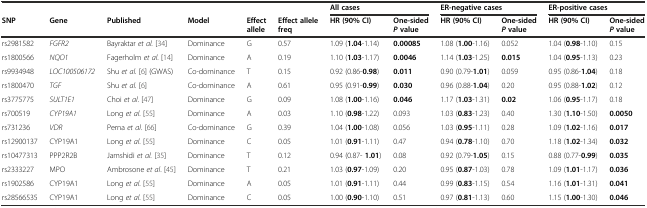
<table><thead><tr><td></td><td></td><td></td><td></td><td></td><td></td><td colspan="2"><b>All cases</b></td><td colspan="2"><b>ER-negative cases</b></td><td colspan="2"><b>ER-positive cases</b></td></tr><tr><td rowspan="2"><b>SNP</b></td><td rowspan="2"><b>Gene</b></td><td rowspan="2"><b>Published</b></td><td rowspan="2"><b>Model</b></td><td rowspan="2"><b>Effect allele</b></td><td rowspan="2"><b>Effect allele freq</b></td><td rowspan="2"><b>HR (90% CI)</b></td><td><b>One-sided</b></td><td rowspan="2"><b>HR (90% CI)</b></td><td><b>One-sided</b></td><td rowspan="2"><b>HR (90% CI)</b></td><td><b>One-sided</b></td></tr><tr><td><b><i>P</i>value</b></td><td><b><i>P</i>value</b></td><td><b><i>P</i>value</b></td></tr></thead><tbody><tr><td>rs2981582</td><td><i>FGFR2</i></td><td>Bayraktar <i>et al.</i> [34]</td><td>Dominance</td><td>G</td><td>0.57</td><td>1.09 (<b>1.04</b>-1.14)</td><td><b>0.00085</b></td><td>1.08 (<b>1.00</b>-1.16)</td><td>0.052</td><td>1.04 (<b>0.98</b>-1.10)</td><td>0.15</td></tr><tr><td>rs1800566</td><td><i>NQO1</i></td><td>Fagerholm <i>et al</i>. [14]</td><td>Dominance</td><td>A</td><td>0.19</td><td>1.10 (<b>1.03</b>-1.17)</td><td><b>0.0046</b></td><td>1.14 (<b>1.03</b>-1.25)</td><td><b>0.015</b></td><td>1.04 (<b>0.95</b>-1.13)</td><td>0.23</td></tr><tr><td>rs9934948</td><td><i>LOC100506172</i></td><td>Shu <i>et al.</i> [6] (GWAS)</td><td>Co-dominance</td><td>T</td><td>0.15</td><td>0.92 (0.86-<b>0.98</b>)</td><td><b>0.011</b></td><td>0.90 (0.79-<b>1.01</b>)</td><td>0.059</td><td>0.95 (0.86-<b>1.04</b>)</td><td>0.18</td></tr><tr><td>rs1800470</td><td><i>TGF</i></td><td>Shu <i>et al.</i> [6]</td><td>Co-dominance</td><td>A</td><td>0.61</td><td>0.95 (0.91-<b>0.99</b>)</td><td><b>0.030</b></td><td>0.96 (0.88-<b>1.04</b>)</td><td>0.20</td><td>0.95 (0.88-<b>1.02</b>)</td><td>0.12</td></tr><tr><td>rs3775775</td><td><i>SULT1E1</i></td><td>Choi <i>et al</i>. [47]</td><td>Dominance</td><td>G</td><td>0.09</td><td>1.08 (<b>1.00</b>-1.16)</td><td><b>0.046</b></td><td>1.17 (<b>1.03</b>-1.31)</td><td><b>0.02</b></td><td>1.06 (<b>0.95</b>-1.17)</td><td>0.18</td></tr><tr><td>rs700519</td><td><i>CYP19A1</i></td><td>Long <i>et al</i>. [55]</td><td>Dominance</td><td>A</td><td>0.03</td><td>1.10 (<b>0.98</b>-1.22)</td><td>0.093</td><td>1.03 (<b>0.83</b>-1.23)</td><td>0.40</td><td>1.30 (<b>1.10</b>-1.50)</td><td><b>0.0050</b></td></tr><tr><td>rs731236</td><td><i>VDR</i></td><td>Perna <i>et al</i>. [66]</td><td>Co-dominance</td><td>G</td><td>0.39</td><td>1.04 (<b>1.00</b>-1.08)</td><td>0.056</td><td>1.03 (<b>0.95</b>-1.11)</td><td>0.28</td><td>1.09 (<b>1.02</b>-1.16)</td><td><b>0.017</b></td></tr><tr><td>rs12900137</td><td>CYP19A1</td><td>Long <i>et al</i>. [55]</td><td>Dominance</td><td>C</td><td>0.05</td><td>1.01 (<b>0.91</b>-1.11)</td><td>0.47</td><td>0.94 (<b>0.78</b>-1.10)</td><td>0.70</td><td>1.18 (<b>1.02</b>-1.34)</td><td><b>0.032</b></td></tr><tr><td>rs10477313</td><td>PPP2R2B</td><td>Jamshidi <i>et al.</i> [35]</td><td>Dominance</td><td>T</td><td>0.12</td><td>0.94 (0.87- <b>1.01</b>)</td><td>0.08</td><td>0.92 (0.79-<b>1.05</b>)</td><td>0.15</td><td>0.88 (0.77-<b>0.99</b>)</td><td><b>0.035</b></td></tr><tr><td>rs2333227</td><td>MPO</td><td>Ambrosone <i>et al</i>. [45]</td><td>Dominance</td><td>T</td><td>0.21</td><td>1.03 (<b>0.97</b>-1.09)</td><td>0.20</td><td>0.95 (<b>0.87</b>-1.03)</td><td>0.78</td><td>1.09 (<b>1.01</b>-1.17)</td><td><b>0.036</b></td></tr><tr><td>rs1902586</td><td>CYP19A1</td><td>Long <i>et al</i>. [55]</td><td>Dominance</td><td>A</td><td>0.05</td><td>1.01 (<b>0.91</b>-1.11)</td><td>0.44</td><td>0.99 (<b>0.83</b>-1.15)</td><td>0.54</td><td>1.16 (<b>1.01</b>-1.31)</td><td><b>0.041</b></td></tr><tr><td>rs28566535</td><td>CYP19A1</td><td>Long <i>et al</i>. [55]</td><td>Dominance</td><td>C</td><td>0.05</td><td>1.00 (<b>0.90</b>-1.10)</td><td>0.51</td><td>0.97 (<b>0.81</b>-1.13)</td><td>0.60</td><td>1.15 (<b>1.00</b>-1.30)</td><td><b>0.046</b></td></tr></tbody></table>